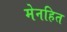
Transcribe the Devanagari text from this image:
मेनहित